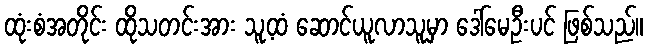
ထုံးစံအတိုင်း ထိုသတင်းအား သူ့ထံ ဆောင်ယူလာသူမှာ ဒေါ်မေဦးပင် ဖြစ်သည်။